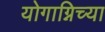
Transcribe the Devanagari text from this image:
योगाग्निच्या